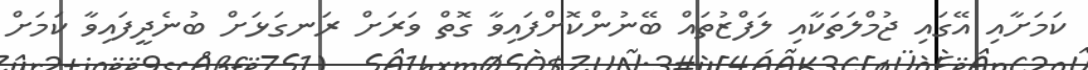
ކަމަށާއި އޭގައި ޖުމްލަތަކާއި ލަފްޒުތައް ބޭނުންކޮށްފައިވާ ގޮތް ވަރަށް ރަނގަޅަށް ބުނެދީފައިވާ ކަމަށް